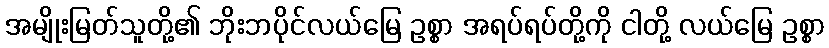
အမျိုးမြတ်သူတို့၏ ဘိုးဘပိုင်လယ်မြေ ဥစ္စာ အရပ်ရပ်တို့ကို ငါတို့ လယ်မြေ ဥစ္စာ